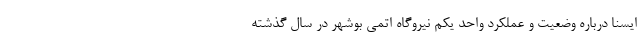
ایسنا درباره وضعیت و عملکرد واحد یکم نیروگاه اتمی بوشهر در سال گذشته